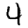
Digit: 4